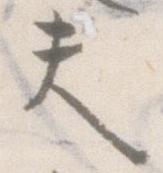
夫